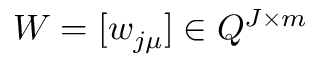
W = [ w _ { j \mu } ] \in Q ^ { J \times m }